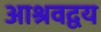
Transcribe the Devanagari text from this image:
आश्रवद्वय